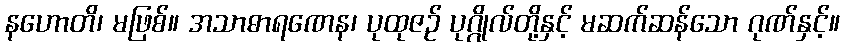
နဟောတိ၊ မဖြစ်။ အသာဓာရဏေန၊ ပုထုဇဉ် ပုဂ္ဂိုလ်တို့နှင့် မဆက်ဆန်သော ဂုဏ်နှင့်။